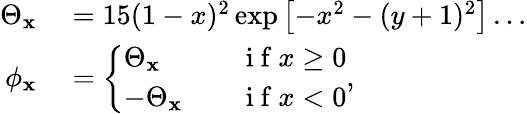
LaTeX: \begin{array}{rl}{\Theta_{\mathbf{x}}}&{{}=15(1-x)^{2}\exp\left[-x^{2}-(y+1)^{2}\right]\ldots}\\ {\phi_{\mathbf{x}}}&{{}=\left\{ \begin{array}{ll}{\Theta_{\mathbf{x}}}&{\quad\mathrm{~i~f~}x\geq 0}\\ {-\Theta_{\mathbf{x}}}&{\quad\mathrm{~i~f~}x<0}\end{array}\right.,}\end{array}